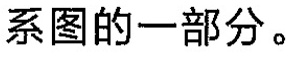
系图的一部分。